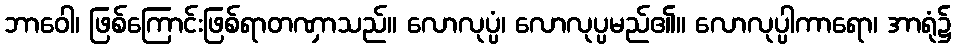
ဘာဝေါ၊ ဖြစ်ကြောင်းဖြစ်ရာတဏှာသည်။ လောလုပ္ပံ၊ လောလုပ္ပမည်၏။ လောလုပ္ပါကာရော၊ အာရုံ၌